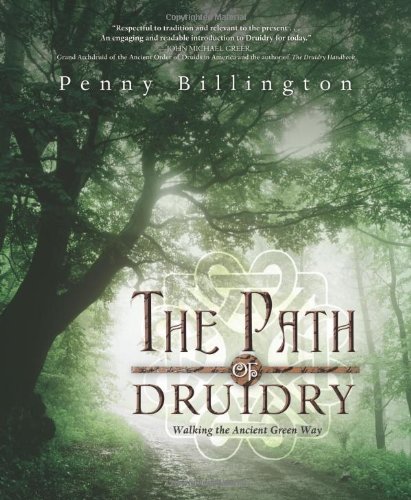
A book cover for The Path of Druidry: Walking the Ancient Green Way; Penny Billington; Religion & Spirituality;